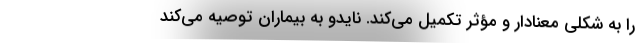
را به شکلی معنادار و مؤثر تکمیل می‌کند. نایدو به بیماران توصیه می‌کند